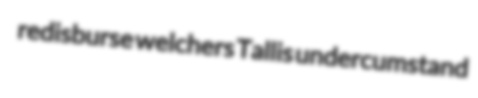
redisburse welchers Tallis undercumstand